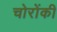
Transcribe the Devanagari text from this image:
चोरोंकी